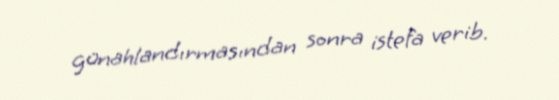
günahlandırmasından sonra istefa verib.